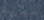
صيانة